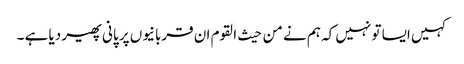
کہیں ایسا تو نہیں کہ ہم نے من حیث القوم ان قربانیوں پر پانی پھیر دیا ہے ۔